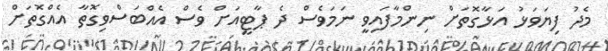
މެދު ފިޔަވަޅު އަޅާގޮތަށް ނިންމާފައިވީ ނަމަވެސް ދެ ޕާޓީއަށް ވެސް އެއްބަސްވިގޮތާ އެއްގޮތަށް